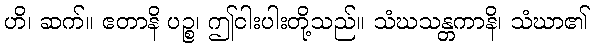
ဟိ၊ ဆက်။ ဧတာနိ ပဉ္စ၊ ဤငါးပါးတို့သည်။ သံဃသန္တကာနိ၊ သံဃာ၏